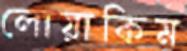
লোয়াকিম